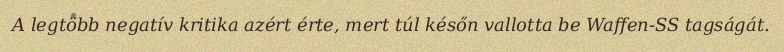
A legtöbb negatív kritika azért érte, mert túl későn vallotta be Waffen-SS tagságát.